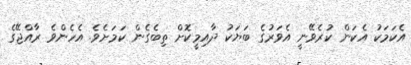
އެކަމަކު އެކަން ކުރެވޭނީ އެވަރުގެ ބަޔަކު ދާއިމީކޮށް ތިބެގެން ކަމަށެވެ. އެހެންވެ ރާއްޖޭގެ